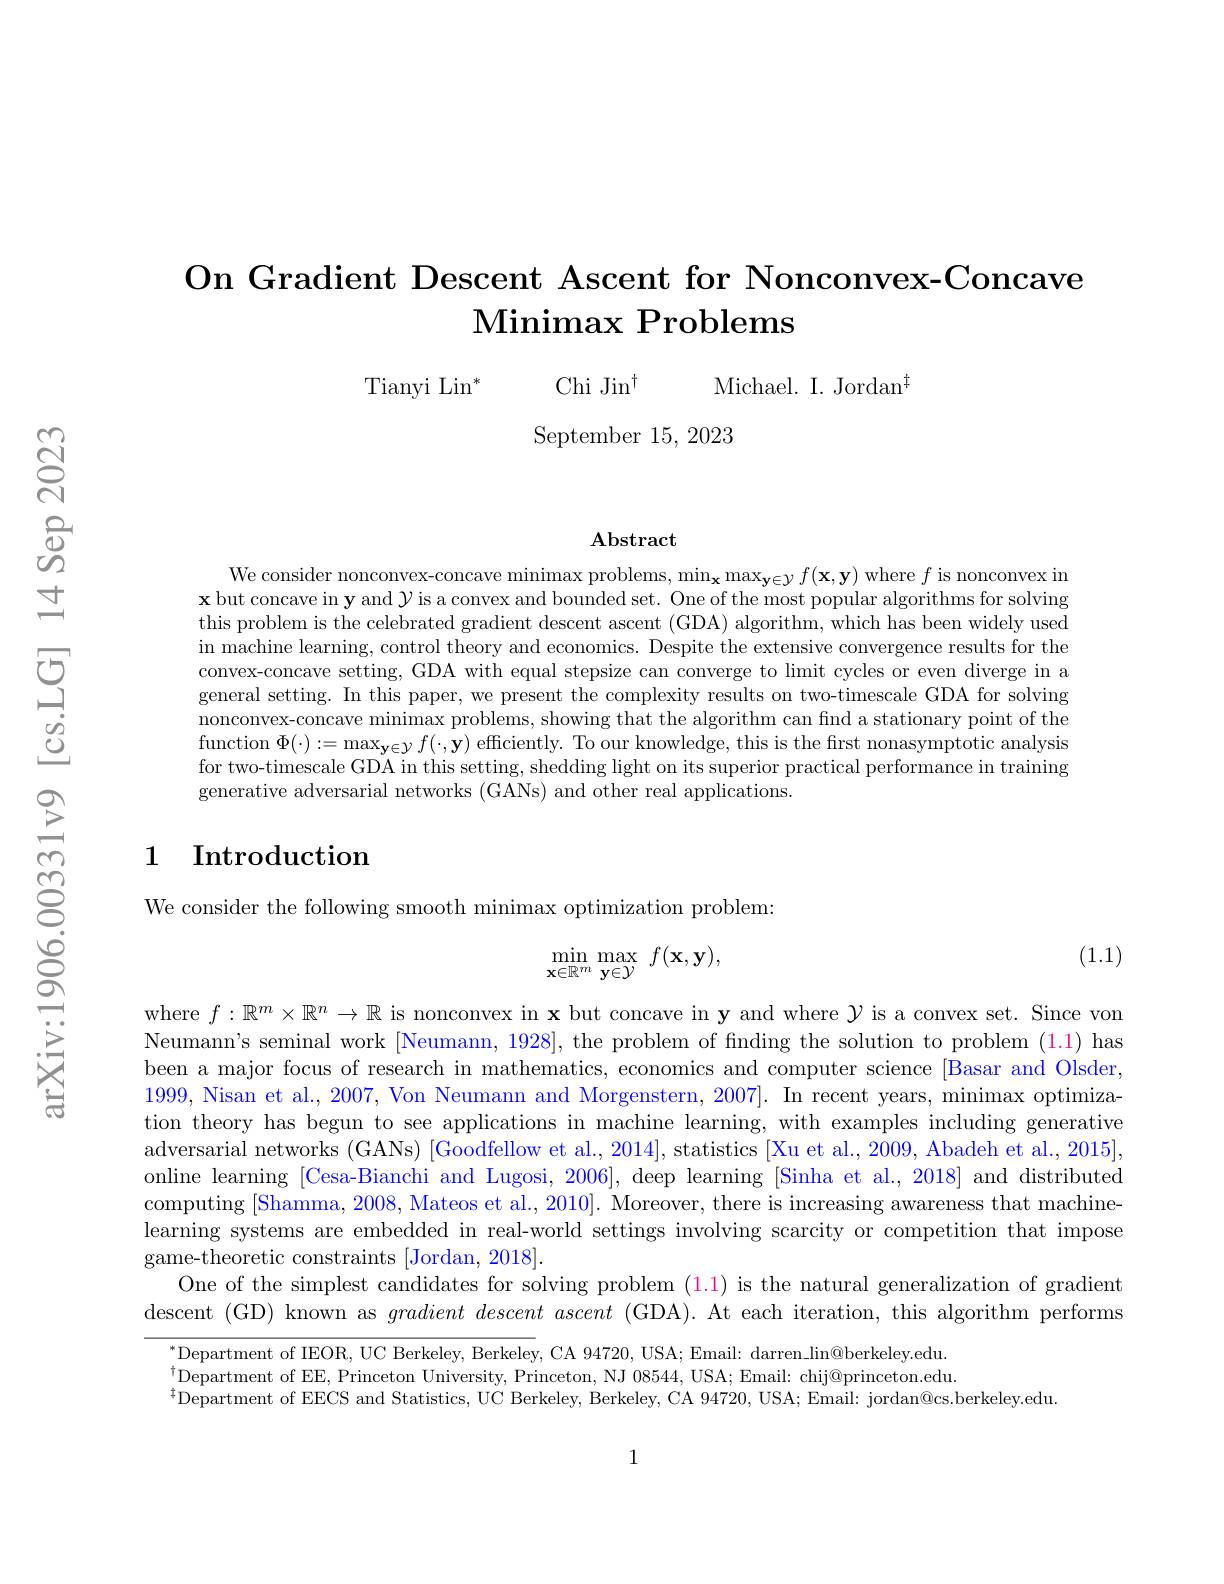
## On Gradient Descent Ascent for Nonconvex-Concave $\textbf{Minimax Problems}$

Chi Jin$^\dagger$ Michael. I. Jordan$^\dagger$

$\operatorname{Tianyi}\operatorname{Lin}^*$

September 15, 2023

$\mathbf{Abstract}$

We consider nonconvex-concave minimax problems, $\min_\mathbf{x}\max_\mathbf{y\in\mathcal{Y}}f(\mathbf{x},\mathbf{y})$ where $f$ is nonconvex in $\mathbf{x}$ but concave in y and $\mathcal{Y}$ is a convex and bounded set. One of the most popular algorithms for solving this problem is the celebrated gradient descent ascent (GDA) algorithm, which has been widely used in machine learning, control theory and economics. Despite the extensive convergence results for the convex-concave setting, GDA with equal stepsize can converge to limit cycles or even diverge in a general setting. In this paper, we present the complexity results on two-timescale GDA for solving nonconvex-concave minimax problems, showing that the algorithm can fnd a stationary point of the function $\Phi(\cdot):=\max_{\mathbf{y}\in\mathcal{Y}}f(\cdot,\mathbf{y})$ efficiently. To our knowledge, this is the first nonasymptotic analysis for two-timescale GDA in this setting, shedding light on its superior practical performance in training generative adversarial networks (GANs) and other real applications.

## 1 Introduction

We consider the following smooth minimax optimization problem:

(1.1)
$$\min\limits_{\mathbf{x}\in\mathbb{R}^m}\max\limits_{\mathbf{y}\in\mathcal{Y}}f(\mathbf{x},\mathbf{y}),$$
where $f:\mathbb{R}^m\times\mathbb{R}^n\to\mathbb{R}$ is nonconvex in x but concave in y and where $\mathcal{Y}$ is a convex set. Since von Neumann's seminal work [Neumann, 1928], the problem of fnding the solution to problem (1.1) has been a major focus of research in mathematics, economics and computer science [Basar and Olsder, 1999, Nisan et al., 2007, Von Neumann and Morgenstern, 2007]. In recent years, minimax optimization theory has begun to see applications in machine learning, with examples including generative adversarial networks (GANs) [Goodfellow et al., 2014], statistics [Xu et al., 2009, Abadeh et al., 2015], online learning [Cesa-Bianchi and Lugosi, 2006], deep learning [Sinha et al., 2018] and distributed computing [Shamma, 2008, Mateos et al., 2010]. Moreover, there is increasing awareness that machinelearning systems are embedded in real-world settings involving scarcity or competition that impose game-theoretic constraints [Jordan, 2018].
One of the simplest candidates for solving problem (1.1) is the natural generalization of gradient descent ( GD) known as gradient descent ascent ( GDA) . At each iteration, this algorithm performs

$^{*}$Department of IEOR, UC Berkeley, Berkeley, CA 94720, USA; Email: darren lin@berkeley.edu. $^{\dagger}$Department of EE, Princeton University, Princeton, NJ 08544, USA; Email: chij@princeton.edu $^{\ddagger}$Department of EECS and Statistics, UC Berkeley, Berkeley, CA 94720, USA; Email: jordan@cs.berkeley.edu

1